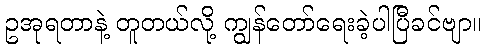
ဥအုရတာနဲ့ တူတယ်လို့ ကျွန်တော်ရေးခဲ့ပါပြီခင်ဗျာ။